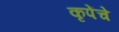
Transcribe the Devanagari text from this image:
कृपेंचे